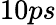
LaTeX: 10ps